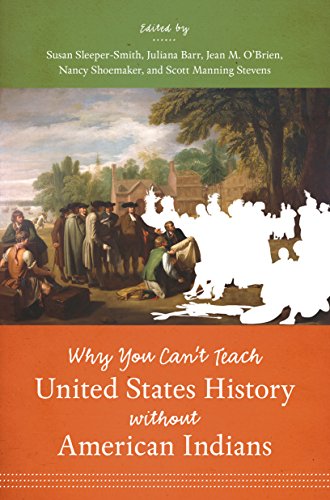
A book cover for Why You Can't Teach United States History without American Indians; History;